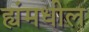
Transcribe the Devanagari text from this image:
ह्यंमधील